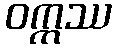
ဝက္ကဿ